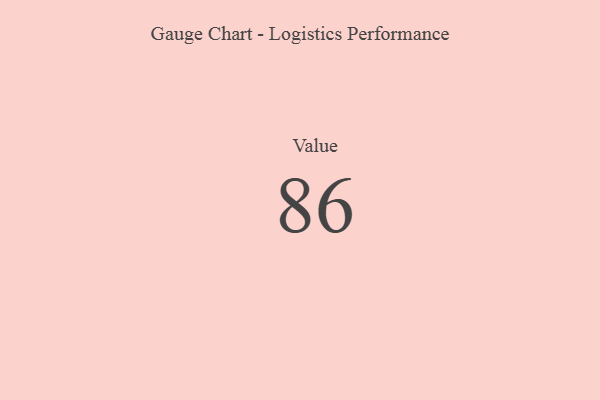
{"axis": {"x": "Metric", "y": "Value"}, "legend": [""], "data": [{"x": "Value", "y": 86, "type": ""}]}